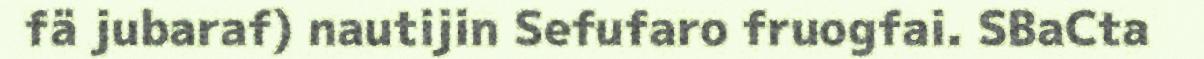
fä jubaraf) nautijin Sefufaro fruogfai. SBaCta